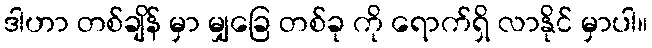
ဒါဟာ တစ်ချိန် မှာ မျှခြေ တစ်ခု ကို ရောက်ရှိ လာနိုင် မှာပါ။